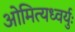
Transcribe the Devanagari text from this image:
ओमित्यध्वर्युः